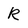
Character: R